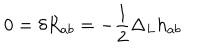
0 = \delta R _ { a b } = - \frac { 1 } { 2 } \Delta _ { L } h _ { a b }